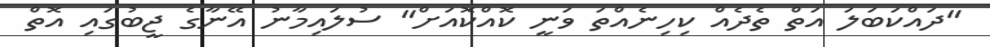
"ދައްކަބަލަ އަތް ތެދެއް ކިހިނެއްތަ ވަނީ ކޮއްކޮއަށް" ސުލައިމާނު އޭނާގެ ޖީބުގައި އޮތް